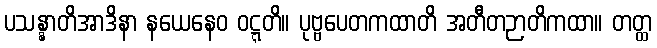
ပသန္နာတိအာဒိနာ နယေနေဝ ဝဋ္ဋတိ။ ပုဗ္ဗပေတကထာတိ အတီတဉာတိကထာ။ တတ္ထ